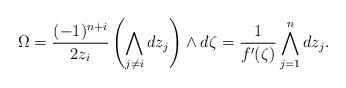
LaTeX: \begin{align*}\Omega=\frac{(-1)^{n+i}}{2z_i}\left(\bigwedge_{j\ne i}d z_j\right)\wedge d\zeta=\frac{1}{f'(\zeta)}\bigwedge_{j=1}^nd z_j.\end{align*}